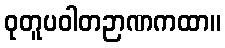
ဝုတူပဝါတဉာဏကထာ။